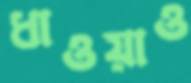
ধাওয়াও